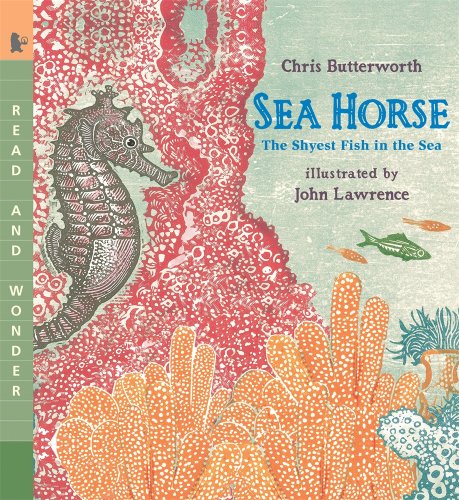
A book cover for Sea Horse: Read and Wonder: The Shyest Fish in the Sea; Chris Butterworth; Children's Books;